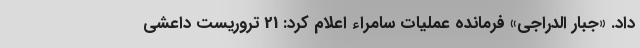
داد. «جبار الدراجی» فرمانده عملیات سامراء اعلام کرد: 21 تروریست داعشی